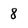
Character: 8